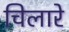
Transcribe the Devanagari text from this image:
चिलारे